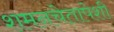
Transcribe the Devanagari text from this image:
शमनचेतापेशी